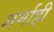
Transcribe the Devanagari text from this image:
शर्माही